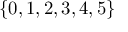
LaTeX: \{ 0 , 1 , 2 , 3 , 4 , 5 \}